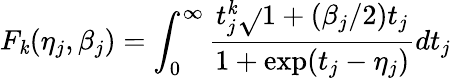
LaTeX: F_{\mathit{k}}(\eta_{j},\beta_{j})=\int_{0}^{\infty}\frac{{t_{j}^{\mathit{k}}\sqrt{}{{1+(\beta_{j}/2)t_{j}}}}}{{1+\exp(t_{j}-\eta_{j})}}dt_{j}